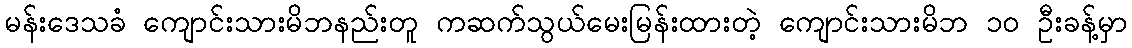
မန်းဒေသခံ ကျောင်းသားမိဘနည်းတူ ကဆက်သွယ်မေးမြန်းထားတဲ့ ကျောင်းသားမိဘ ၁၀ ဦးခန့်မှာ